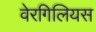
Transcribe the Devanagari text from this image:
वेरगिलियस